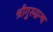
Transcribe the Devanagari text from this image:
श्रीगुरुग्रन्थ